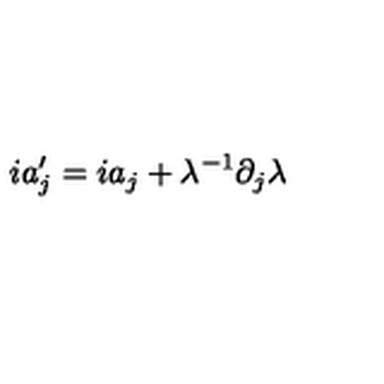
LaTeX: i a _ { j } ^ { \prime } = i a _ { j } + \lambda ^ { - 1 } \partial _ { j } \lambda